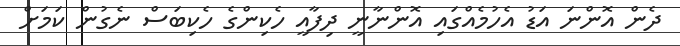
ދެން އޮންނަ އަޑު އެހުމެއްގައި އޮންނާނީ ދިފާއީ ހެކިންގެ ހެކިބަސް ނެގުން ކަމަށް